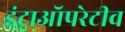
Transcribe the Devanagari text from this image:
इंट्राऑपरेटीव